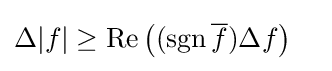
\Delta |f|\geq \operatorname {Re} \left((\operatorname {sgn} {\overline {f}})\Delta f\right)\quad